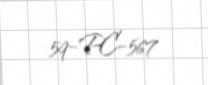
59-PC-567